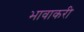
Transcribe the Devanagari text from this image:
भावाकरी